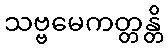
သဗ္ဗမေကတ္တန္တိ